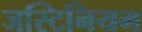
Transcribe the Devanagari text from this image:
जस्टिनियम